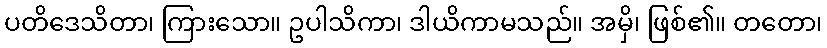
ပတိဒေသိတာ၊ ကြားသော။ ဥပါသိကာ၊ ဒါယိကာမသည်။ အမှိ၊ ဖြစ်၏။ တတော၊